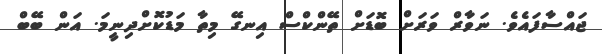
ޖައްސާފައެވެ. ނަވާރް ވަރަށް ބޮޑަށް ތޭންކްސް އިނގޭ މިތާ މަޑުކޮށްދިނީމަ. އަން ބޭބް